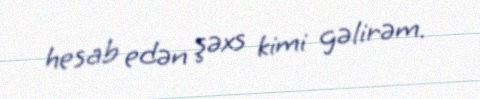
hesab edən şəxs kimi gəlirəm.